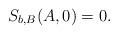
LaTeX: \begin{align*}S_{b,B}(A,0)=0.\end{align*}